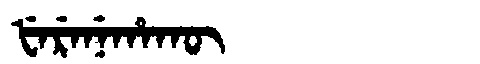
Manchu: ᡶᡝᡵᡝᠨᡝᡥᠠᡴᡡ
Romanization: FERENEHAKŪ